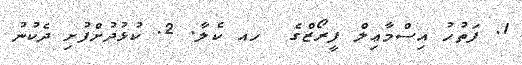
1. ފަތުހު އިސްމާޢިލް ފީރޯޒްގެ  ހއ ކެލާ. 2. ކުޅުުދުށްފުށި ދެކުނު